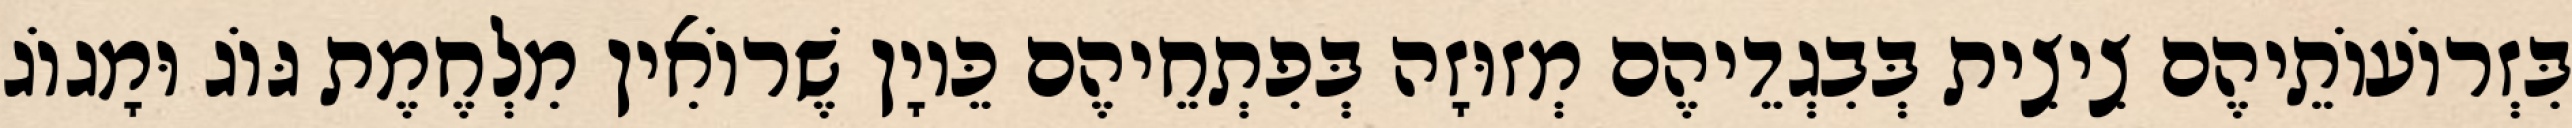
בִּזְרוֹעוֹתֵיהֶם צִיצִית בְּבִגְדֵיהֶם מְזוּזָה בְּפִתְחֵיהֶם כֵּיוָן שֶׁרוֹאִין מִלְחֶמֶת גּוֹג וּמָגוֹג